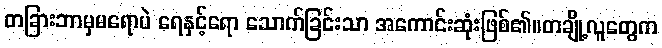
တခြားဘာမှမရောပဲ ရေနှင့်ရော သောက်ခြင်းသာ အကောင်းဆုံးဖြစ်၏။တချို့လူတွေက